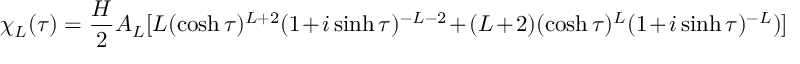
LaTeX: \chi _ { L } ( \tau ) = \frac { H } { 2 } A _ { L } [ L ( \cosh \tau ) ^ { L + 2 } ( 1 + i \sinh \tau ) ^ { - L - 2 } + ( L + 2 ) ( \cosh \tau ) ^ { L } ( 1 + i \sinh \tau ) ^ { - L } ) ]